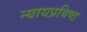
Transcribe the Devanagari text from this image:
न्यायप्रविष्ठ